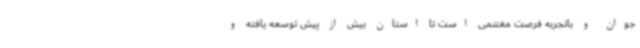
جوان و باتجربه فرصت مغتنمی است تا استان بیش از پیش توسعه یافته و